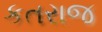
કતરાજ